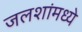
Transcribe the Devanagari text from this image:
जलशांमध्ये